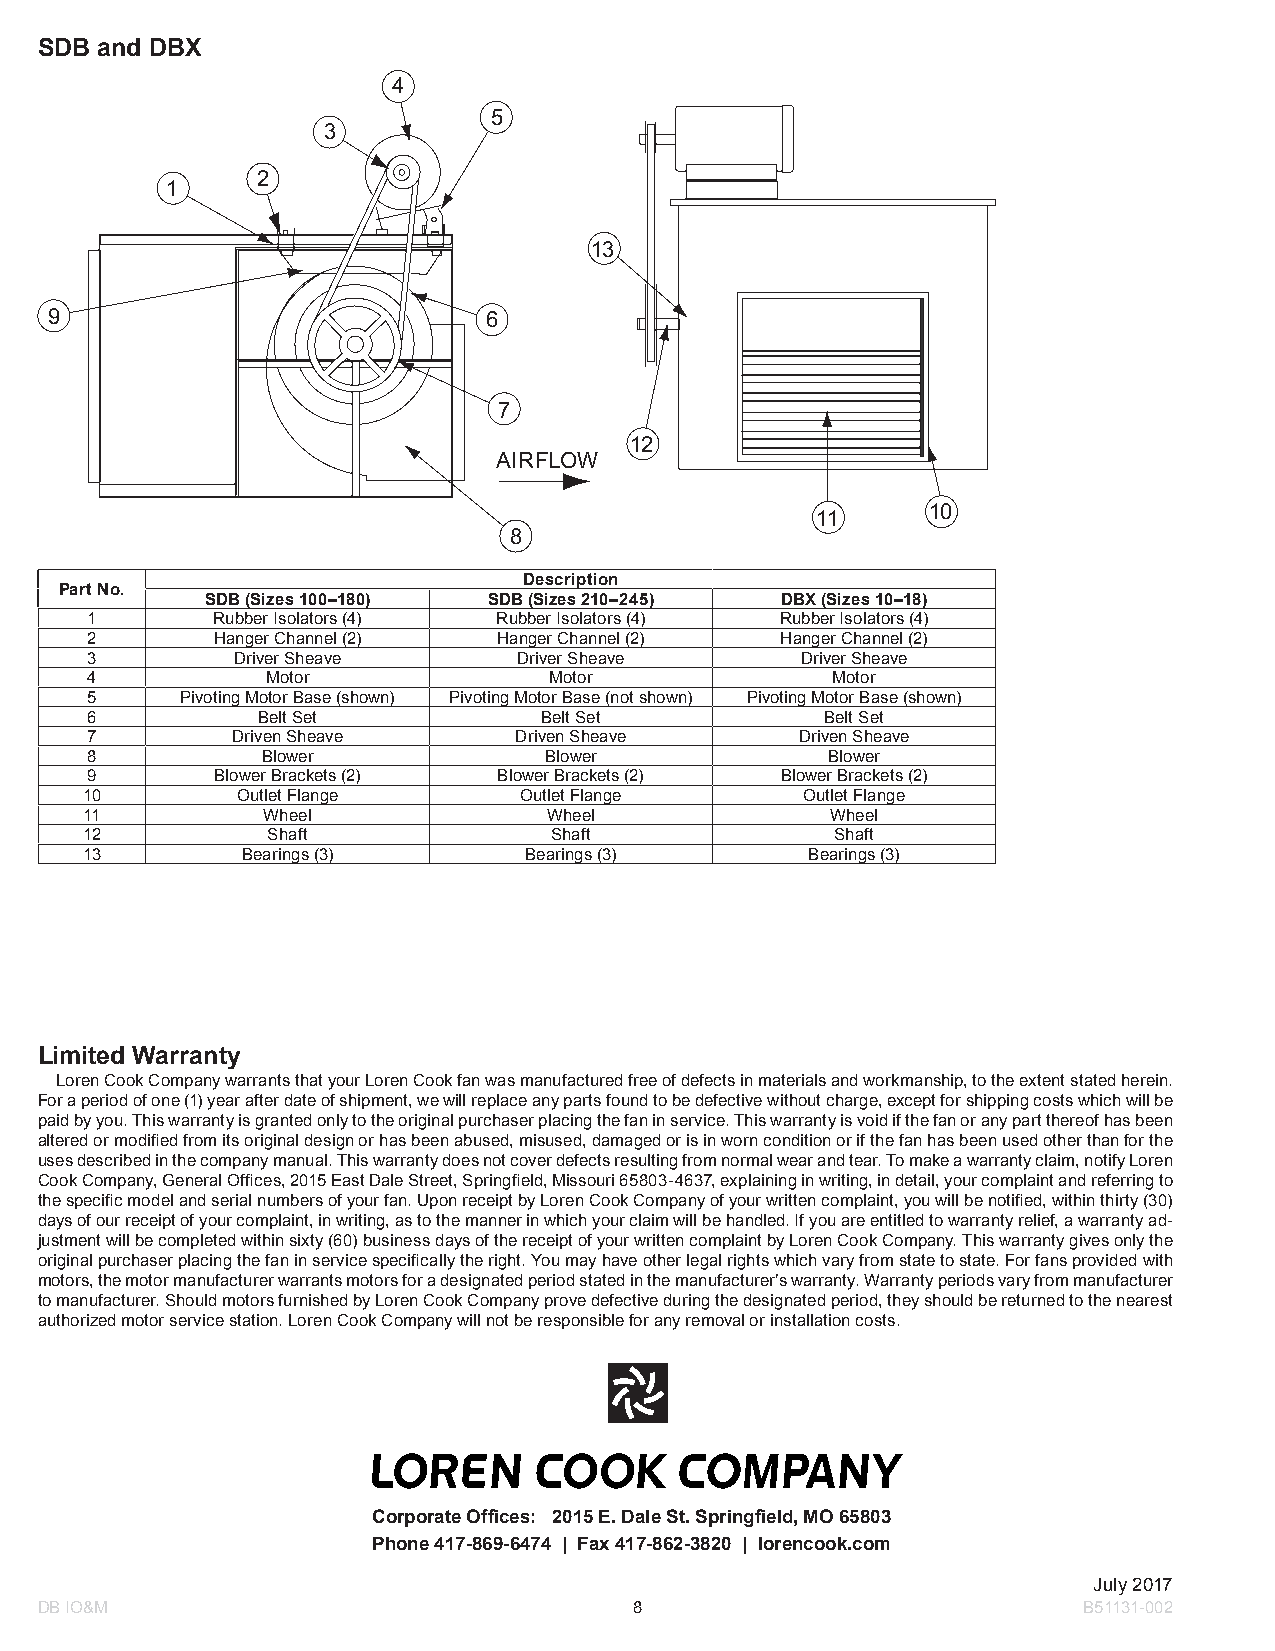
SDB and DBX
 4
 5
 3
 2
 1
 13
 9                            6
 7
 12
 AIRFLOW
 11     10
 8
 Description
 Part No.
 SDB (Sizes 100–180) SDB (Sizes 210–245) DBX (Sizes 10–18)
 1       Rubber Isolators (4) Rubber Isolators (4) Rubber Isolators (4)
 2       Hanger Channel (2) Hanger Channel (2) Hanger Channel (2)
 3        Driver Sheave      Driver Sheave      Driver Sheave
 4           Motor             Motor              Motor
 5     Pivoting Motor Base (shown) Pivoting Motor Base (not shown) Pivoting Motor Base (shown)
 6          Belt Set           Belt Set           Belt Set
 7        Driven Sheave      Driven Sheave      Driven Sheave
 8          Blower             Blower             Blower
 9       Blower Brackets (2) Blower Brackets (2) Blower Brackets (2)
 10         Outlet Flange     Outlet Flange      Outlet Flange
 11         Wheel              Wheel              Wheel
 12           Shaft             Shaft              Shaft
 13         Bearings (3)       Bearings (3)       Bearings (3)
 Limited Warranty
 Loren Cook Company warrants that your Loren Cook fan was manufactured free of defects in materials and workmanship, to the extent stated herein.
 For a period of one (1) year after date of shipment, we will replace any parts found to be defective without charge, except for shipping costs which will be
 paid by you. This warranty is granted only to the original purchaser placing the fan in service. This warranty is void if the fan or any part thereof has been
 altered or modified from its original design or has been abused, misused, damaged or is in worn condition or if the fan has been used other than for the
 uses described in the company manual. This warranty does not cover defects resulting from normal wear and tear. To make a warranty claim, notify Loren
 Cook Company, General Offices, 2015 East Dale Street, Springfield, Missouri 65803-4637, explaining in writing, in detail, your complaint and referring to
 the specific model and serial numbers of your fan. Upon receipt by Loren Cook Company of your written complaint, you will be notified, within thirty (30)
 days of our receipt of your complaint, in writing, as to the manner in which your claim will be handled. If you are entitled to warranty relief, a warranty ad-
 justment will be completed within sixty (60) business days of the receipt of your written complaint by Loren Cook Company. This warranty gives only the
 original purchaser placing the fan in service specifically the right. You may have other legal rights which vary from state to state. For fans provided with
 motors, the motor manufacturer warrants motors for a designated period stated in the manufacturer’s warranty. Warranty periods vary from manufacturer
 to manufacturer. Should motors furnished by Loren Cook Company prove defective during the designated period, they should be returned to the nearest
 authorized motor service station. Loren Cook Company will not be responsible for any removal or installation costs.
 Corporate Offices: 2015 E. Dale St. Springfield, MO 65803
 Phone 417-869-6474 | Fax 417-862-3820 | lorencook.com
 July 2017
 DB IO&M                                 8                             B51131-002